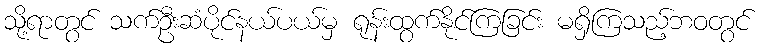
သို့ရာတွင် သက်ဦးဆံပိုင်နယ်ပယ်မှ ရုန်းထွက်နိုင်ကြခြင်း မရှိကြသည့်ဘဝတွင်